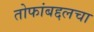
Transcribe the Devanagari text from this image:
तोफांबद्दलचा